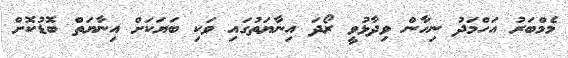
މެމްބަރު އަހްމަދު ނިހާން ވިދާޅުވީ ރޯދަ އިނާޔަތުގައި ވަކި ބަޔަކަށް އިނާޔަތް ބޮޑުކޮށް